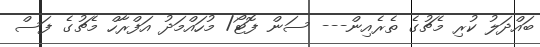
ބައްދަލު ކުރި މެޗުގެ ތެރެއިން--- ސަން ފޮޓޯ/ މުހައްމަދު އަފްރާހް މެޗުގެ ފަސް